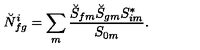
\breve { N } _ { f g } ^ { i } = \sum _ { m } { \frac { \breve { S } _ { f m } \breve { S } _ { g m } { S } _ { i m } ^ { * } } { { S } _ { 0 m } } } .